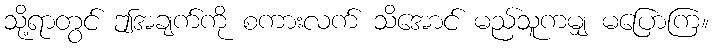
သို့ရာတွင် ဤအချက်ကို စကားလက် သိအောင် မည်သူကမျှ မပြောကြ။